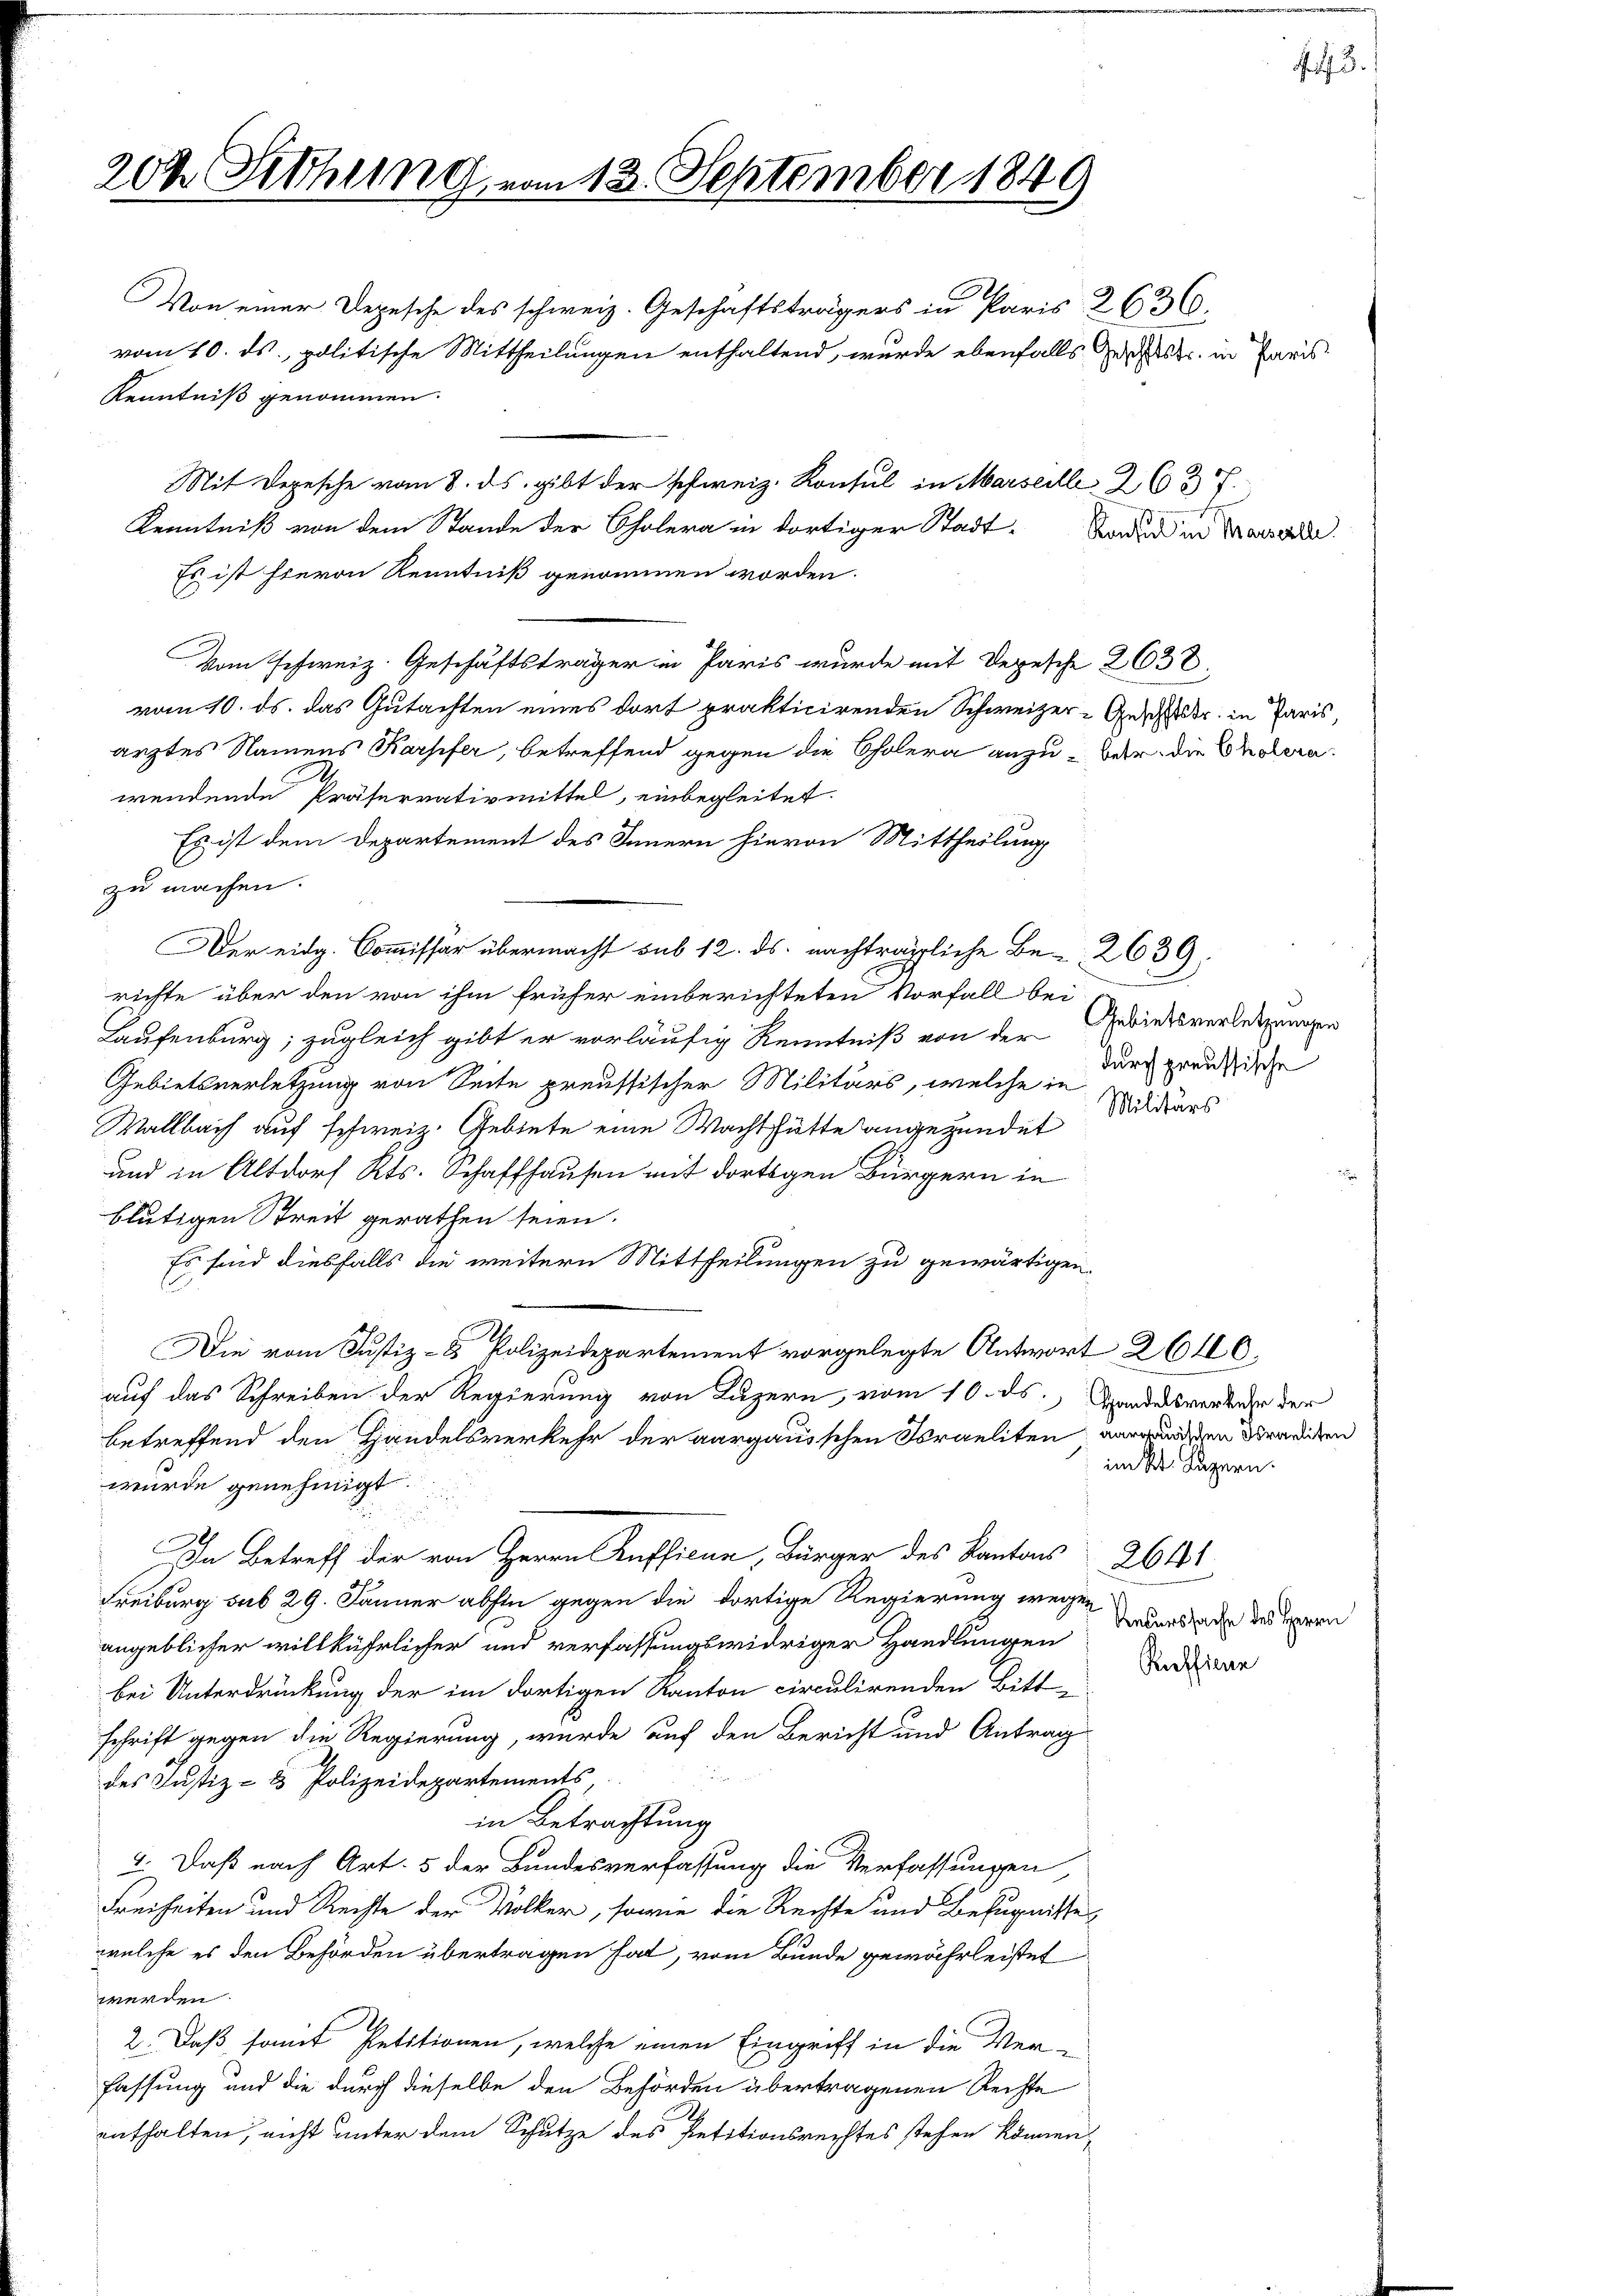
20½ Sitzung

Von einer Depesche des schweiz. Geschäftsträgers in Paris 2636.
Mit Depesche vom 8. ds. gibt der schweiz. Konsul in Marseille Z. 637.
Kenntniß von dem Stande der Cholera in dortiger Stadt Baden in Transarder
Es ist hievon Kenntniß genommen worden.
Vom Schweiz. Geschäftsträger in Paris wurde mit Depesche 2638.
vom 10. ds. das Gutachten eines dort prakticirenden Schweizer-Geschlis in Paris,
ärztes Namens Karpfer, betreffend gegen die Cholera anzuber die Cholera
wendende Präferrativmittel, einbegleitet.
Es ist dem Departement des Innern hievon Mittheilung
zu machen.
Der eidg. Commissär übermacht sub 12. ds. nachträgliche Be-2639.
richte über den von ihm früher einberichteten Vorfall bei
Laufenburg; zugleich gibt er vorläufig Kenntniß von der Gebietsverletzungen
Gebietsverletzung von Seite preussischer Militärs, welche in
Wallbach auf schweiz. Gebiete eine Wacht hätte angezündet
und in Altdorf Kts. Schaffhausen mit dortigen Bürgern in
blutigen Streit gerathen seien.
Es sind diesfalls die weitern Mittheilungen zu gewärtigen.
Die vom Justiz- & Polizeidepartement vorgelegte Antwort 2640.
auf das Schreiben der Regierung von Luzern, vom 10. ds. Handesverkehr der
betreffend den Handelsverkehr der aargausschen Israeliten, verwendigen derenden
im Kt. Luzern.
wurde genehmigt.
In Betreff der von Herrn Aufficus, Bürger des Kantons 264
Freiburg sub 29. Jänner abhin gegen die dortige Regierung wegen
Recurssache des Herrn
angeblicher willkührlicher und verfassungswidriger Handlungen
Raffinne
bei Unterdrückung der im dortigen Kanton circulirenden Bitt-
schrift gegen die Regierung, wurde auf den Bericht und Antrag
des Justiz- & Polizeidepartements,
in Betrachtung
2. Daß nach Art. 5 der Bundesverfassung die Verfassungen,
Freiheiten und Rechte der Völker, sowie die Rechte und Befugnisse
welche es den Behörden übertragen hat, vom Bunde gewährleistet
werden.
2. Daß somit Petitionen, welche einen Eingriff in die Ver-
fassung und die durch dieselbe den Behörden übertragenen Rechte
enthalten, nicht unter dem Schutze des Petitionsrechtes stehen können,

Kenntniß genommen.

13. September 1849

vom 10. ds., politische Mittheilungen enthaltend, wurde ebenfalls Gesetz in Paris

durch preussische
Militärs

Pf. 3.